Indian journal of veterinary science and animal husbandry - Volume 2,
Year: 1932
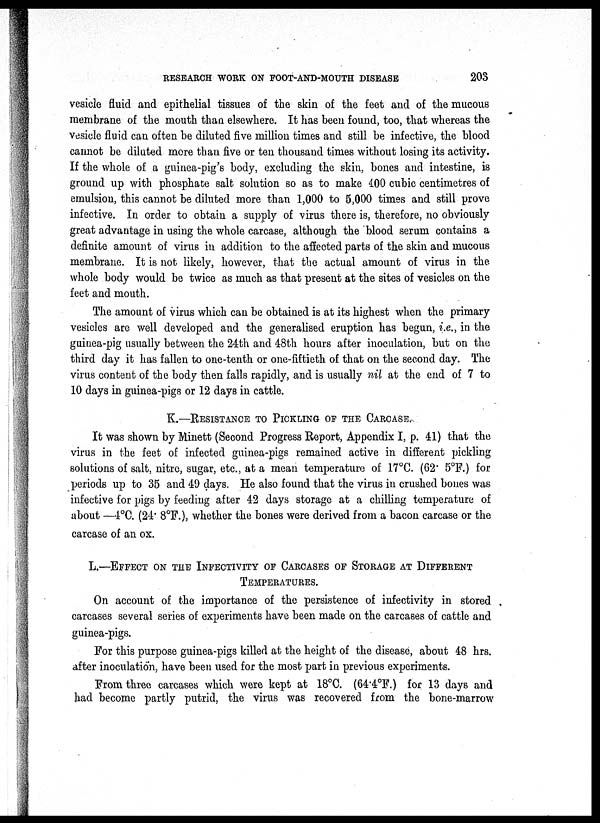
RESEARCH WORK ON FOOT-AND-MOUTH DISEASE
203
vesicle fluid and epithelial tissues of the skin of the feet and of the mucous
membrane of the mouth than elsewhere. It has been found, too, that whereas the
vesicle fluid can often be diluted five million times and still be infective, the blood
cannot be diluted more than five or ten thousand times without losing its activity.
If the whole of a guinea-pig's body, excluding the skin, bones and intestine, is
ground up with phosphate salt solution so as to make 400 cubic centimetres of
emulsion, this cannot be diluted more than 1,000 to 5,000 times and still prove
infective. In order to obtain a supply of virus there is, therefore, no obviously
great advantage in using the whole carcase, although the blood serum contains a
definite amount of virus in addition to the affected parts of the skin and mucous
membrane. It is not likely, however, that the actual amount of virus in the
whole body would be twice as much as that present at the sites of vesicles on the
feet and mouth.
The amount of virus which can be obtained is at its highest when the primary
vesicles are well developed and the generalised eruption has begun, i.e., in the
guinea-pig usually between the 24th and 48th hours after inoculation, but on the
third day it has fallen to one-tenth or one-fiftieth of that on the second day. The
virus content of the body then falls rapidly, and is usually nil at the end of 7 to
10 days in guinea-pigs or 12 days in cattle.
K.—RESISTANCE TO PICKLING OF THE CARCASE.
It was shown by Minett (Second Progress Report, Appendix I, p. 41) that the
virus in the feet of infected guinea-pigs remained active in different pickling
solutions of salt, nitre, sugar, etc., at a mean temperature of 17°C. (62. 5°F.) for
periods up to 35 and 49 days. He also found that the virus in crushed bones was
infective for pigs by feeding after 42 days storage at a chilling temperature of
about —4°C. (24. 8°F.), whether the bones were derived from a bacon carcase or the
carcase of an ox.
L.—EFFECT ON THE INFECTIVITY OF CARCASES OF STORAGE AT DIFFERENT
TEMPERATURES.
On account of the importance of the persistence of infectivity in stored
carcases several series of experiments have been made on the carcases of cattle and
guinea-pigs.
For this purpose guinea-pigs killed at the height of the disease, about 48 hrs.
after inoculation, have been used for the most part in previous experiments.
From three carcases which were kept at 18°C. (64.4°F.) for 13 days and
had become partly putrid, the virus was recovered from the bone-marrow